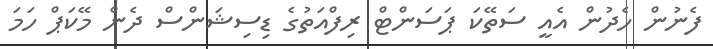
ފެނުން ހެދުން އެއީ ސަތޭކަ ޕަސަންޓް ރިފްއަތުގެ ޑިސިޝަންސް ދެން މޭކަޕް ހަމަ